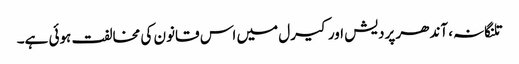
تلنگانہ، آندھر پردیش اور کیرل میں اس قانون کی مخالفت ہوئی ہے۔